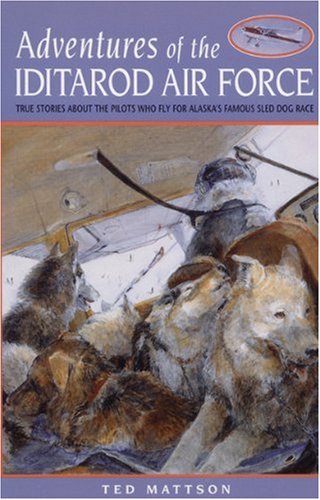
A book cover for Adventures of the Iditarod Air Force; Ted Mattson; Sports & Outdoors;